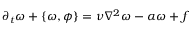
\partial _ { t } \omega + \left\{ \omega , \phi \right\} = \nu \nabla ^ { 2 } \omega - \alpha \omega + f